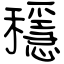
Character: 穩